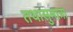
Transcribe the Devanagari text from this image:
तथासुमात्रा